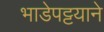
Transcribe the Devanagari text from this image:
भाडेपट्टयाने